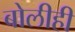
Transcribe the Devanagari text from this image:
बोलीही